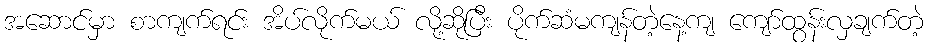
အဆောင်မှာ စာကျက်ရင်း အိပ်လိုက်မယ် လို့ဆိုပြီး ပိုက်ဆံမကျန်တဲ့နေ့ကျ ကျော်ထွန်းလှချက်တဲ့